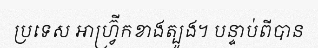
ប្រទេស អាហ្វ្រ៊ីកខាងត្បូង។ បន្ទាប់ពីបាន